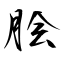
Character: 脍